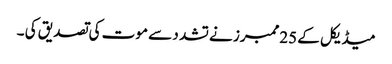
میڈیکل کے 25ممبرز نے تشد د سے موت کی تصدیق کی ۔